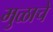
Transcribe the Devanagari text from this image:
मुळाचे